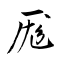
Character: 厖